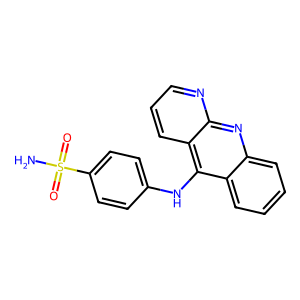
SMILES: NS(=O)(=O)c1ccc(Nc2c3ccccc3nc3ncccc23)cc1
Inhibits HIV replication: No